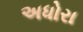
અધોરા